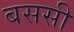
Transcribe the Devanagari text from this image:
बससी